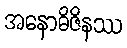
အနောဓိဇိနဿ